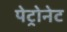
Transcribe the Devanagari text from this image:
पेट्रोनेट